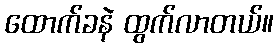
ထောက်ခနဲ ထွက်လာတယ်။